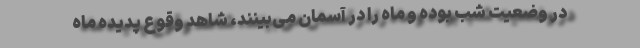
در وضعیت شب بوده و ماه را در آسمان می‌بینند، شاهد وقوع پدیده ماه